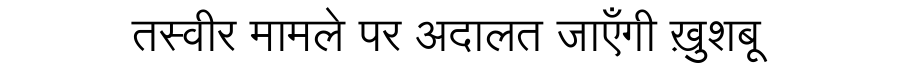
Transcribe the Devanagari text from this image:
तस्वीर मामले पर अदालत जाएँगी ख़ुशबू